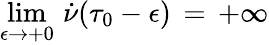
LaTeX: \operatorname*{lim}_{\epsilon\rightarrow+0}\, \dot{\nu}(\tau_{0}-\epsilon)\, =\, +\infty